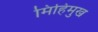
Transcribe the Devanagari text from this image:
मिहिमुख